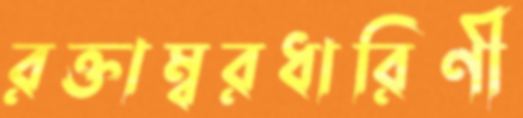
রক্তাম্বরধারিণী